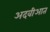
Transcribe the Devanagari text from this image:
अदवीआत